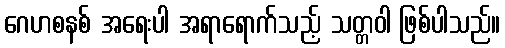
ဂေဟစနစ် အရေးပါ အရာရောက်သည့် သတ္တဝါ ဖြစ်ပါသည်။